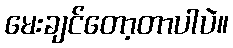
မေးချင်တော့တာပါပဲ။